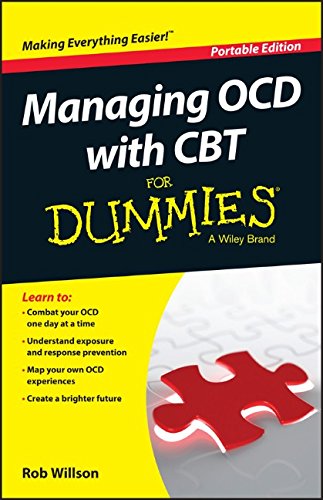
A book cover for Managing OCD with CBT For Dummies; Rob Willson; Health, Fitness & Dieting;